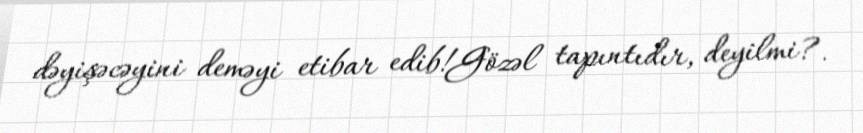
dəyişəcəyini deməyi etibar edib!Gözəl tapıntıdır, deyilmi?.